Civil Veterinary Department Bihar & Orissa reports 1929-36 - 1929-1936
Year: 1929
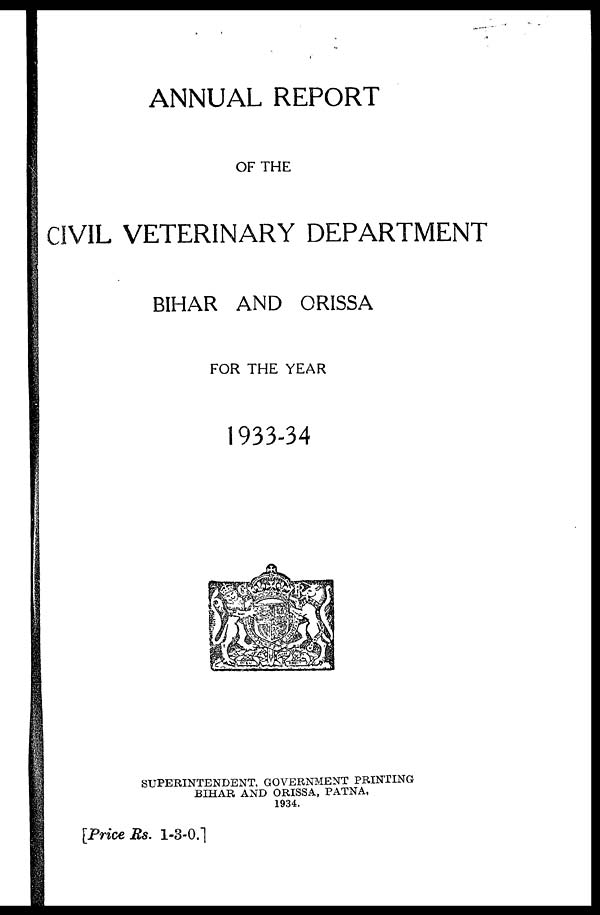
ANNUAL REPORT
OF THE
CIVIL VETERINARY DEPARTMENT
BIHAR AND ORISSA
FOR THE YEAR
1933-34
SUPERINTENDENT, GOVERNMENT PRINTING
BIHAR AND ORISSA, PATNA,
1934.
[Price Rs. 1-3-0.1